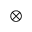
\otimes